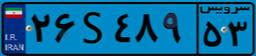
۵۱S۴۳۲۶۹